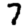
Digit: 7